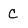
Character: C